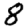
Digit: 8